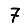
Digit: 7